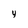
Character: 4